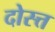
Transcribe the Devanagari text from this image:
दोस्त्त